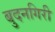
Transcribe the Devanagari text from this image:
बुदनगिरी